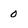
Character: 0